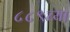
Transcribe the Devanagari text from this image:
८८९च्या